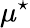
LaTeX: \mu^{\star}